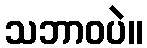
သဘာဝပဲ။